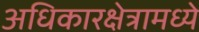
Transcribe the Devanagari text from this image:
अधिकारक्षेत्रामध्ये